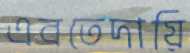
এবতেদায়ি